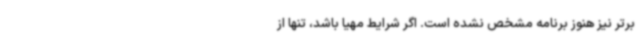
برتر نیز هنوز برنامه مشخص نشده است. اگر شرایط مهیا باشد، تنها از